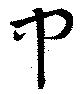
中